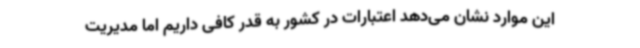
این موارد نشان می‌دهد اعتبارات در کشور به قدر کافی داریم اما مدیریت